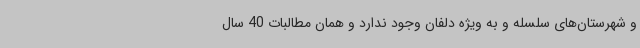
و شهرستان‌های سلسله و به ویژه دلفان وجود ندارد و همان مطالبات 40 سال